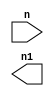
module inc8b
(
	input n,
	output n1
);

endmodule


module inc8br
#(
	parameter MAX = 8'd255,
	parameter MIN = 8'd0
)
(
	input	[7:0] n,
	output	[7:0] n1
);

endmodule